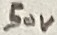
Text: 50V